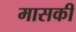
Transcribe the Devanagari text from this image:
मासकी